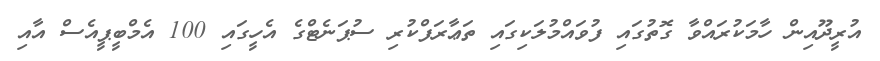
އުރީދޫއިން ހާމަކުރައްވާ ގޮތުގައި ފުވައްމުލަކިގައި ތަޢާރަފްކުރި ސުޕަނެޓްގެ އެހީގައި 100 އެމްބީޕީއެސް އާއި